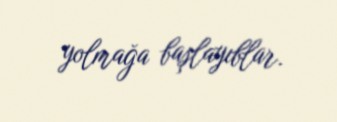
yolmağa başlayıblar.